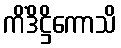
ကိံဒိဋ္ဌိကောသိ